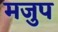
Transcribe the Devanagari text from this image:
मजुप